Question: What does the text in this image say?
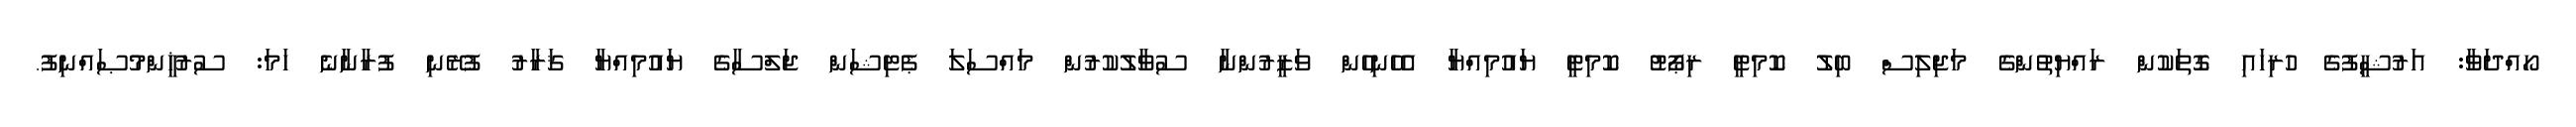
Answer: ހޯއްދަވާ: އަރުޝީފުގެ ހުރިހައި ގޮތަކުން ރައްޔިތުންގެ މަޖިލިސް ބިލު ކޮމިޓީ ރިޕޯޓު ކޮމިޓީ ޔައުމިއްޔާ އެހެނިހެން ވަޒީރުންނާ ސުވާލުކުރުން މައްސަލަ ޕެޓިޝަން ޖަލްސާގެ ޔައުމިއްޔާ ޤަރާރު ފުރޭނި ފުރާނާނެ ހަމަ: ސުރުޚީންމުޞައްނިފު.